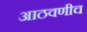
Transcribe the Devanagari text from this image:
आठवणीच